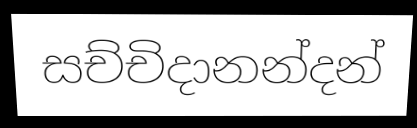
සච්චිදානන්දන්